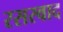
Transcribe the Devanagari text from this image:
रसस्वाद